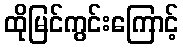
ထိုမြင်ကွင်းကြောင့်